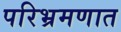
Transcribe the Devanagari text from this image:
परिभ्रमणात